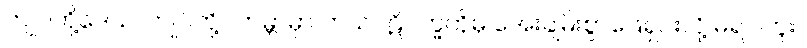
ကျုပ်တို့ဒေသ၊ ကျုပ်တို့ ၊ ကမ္ဘာမှာ ဘယ်ပဋိပက္ခကိုမှ အေးချမ်းစွာဖြေရှင်းလို့ မရပါဘူး။